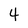
Character: 4